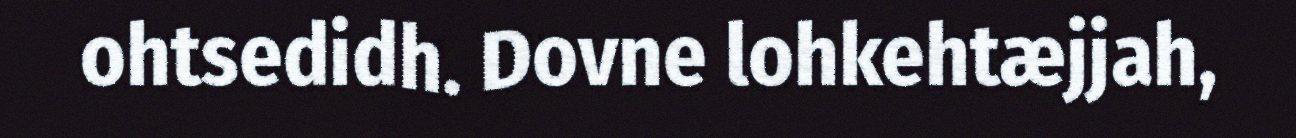
ohtsedidh. Dovne lohkehtæjjah,